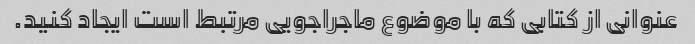
عنوانی از کتابی که با موضوع ماجراجویی مرتبط است ایجاد کنید.